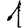
Digit: 1